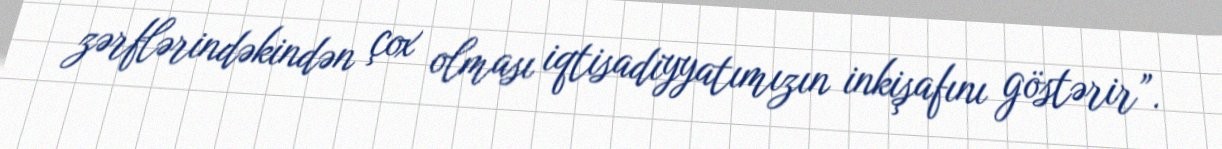
zərflərindəkindən çox olması iqtisadiyyatımızın inkişafını göstərir”.